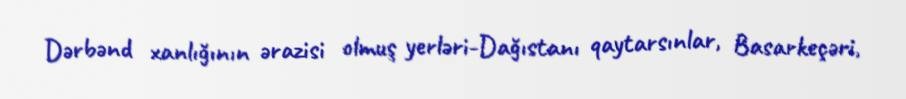
Dərbənd xanlığının ərazisi olmuş yerləri-Dağıstanı qaytarsınlar, Basarkeçəri,